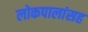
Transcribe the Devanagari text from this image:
लोकपालांसह